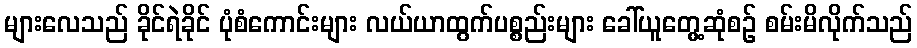
များလေသည် ခိုင်ရဲခိုင် ပုံစံကောင်းများ လယ်ယာထွက်ပစ္စည်းများ ခေါ်ယူတွေ့ဆုံစဉ် စမ်းမိလိုက်သည်